Civil Veterinary Department. United Provinces 1912-22 - 1912-1922
Year: 1912
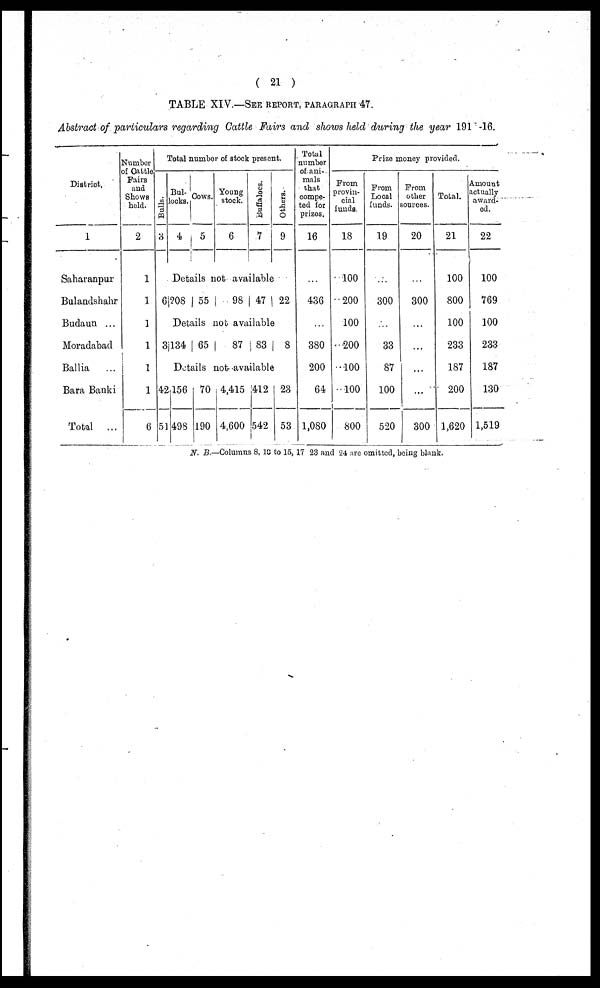
( 21 )
TABLE XIV —SEE REPORT, PARAGRAPH 47.
Abstract of particulars regarding Cattle Fairs and shows held during the year 191 * -16.
District.
1
Saharanpur
Bulandshahr
Budaun ...
Moradabad
Ballia
...
Bara Banki
Total
...
Number
of Cattle
Pairs
and
Shows
held.
2
1
1
1
1
1
1
6
Bulls.
3
Total number of stock present.
Bul-
locks.
4
Cows.
5
Young
stock.
6
Buffalose .
7
Details not available
6,208 55
98 47
Details not available
3,134 65
87 83
Details not available
42156
51,498
70
190
4,415
4,600
412
542
Others.
9
22
8
23
53
Total
number
of ani-
mals
that
compe-
ted for
prizes.
16
...
436
...
380
200
64
1,080
Prize money provided.
From
provin-
cial
funds.
18
100
200
100
200
100
100
800
From
Local
funds.
19
...
300
...
33
87
100
520
From
other
sources.
20
...
300
...
...
...
...
300
Total.
21
100
800
100
233
187
200
1,620
Amount
actually
award-
ed.
22
100
769
100
233
187
130
1,519
N. B—Columns 8. 10 to 15, 17 23 and 24 are omitted, being blank.